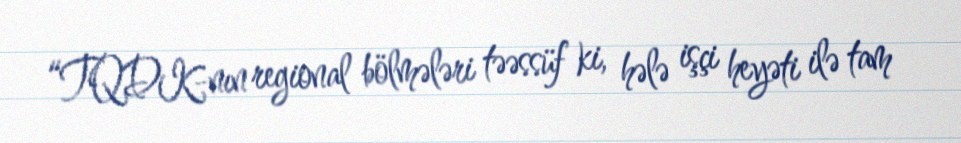
“TQDK-nın regional bölmələri təəssüf ki, hələ işçi heyəti ilə tam